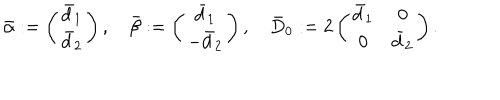
\bar { \alpha } : = \left( \begin{matrix} { { \bar { d } _ { 1 } } } \\ { { \bar { d } _ { 2 } } } \\ \end{matrix} \right) , \quad \bar { \beta } : = \left( \begin{matrix} { { \bar { d } _ { 1 } } } \\ { { - \bar { d } _ { 2 } } } \\ \end{matrix} \right) , \quad \bar { D } _ { 0 } : = 2 \left( \begin{matrix} { { \bar { d } _ { 1 } } } & { { 0 } } \\ { { 0 } } & { { \bar { d } _ { 2 } } } \\ \end{matrix} \right) .